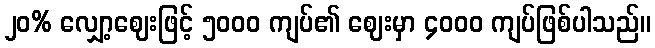
၂၀% လျှော့ဈေးဖြင့် ၅၀၀၀ ကျပ်၏ ဈေးမှာ ၄၀၀၀ ကျပ်ဖြစ်ပါသည်။